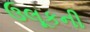
ઉલૂકની